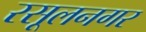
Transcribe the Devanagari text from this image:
रसूलनगर